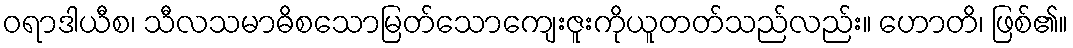
ဝရာဒါယီစ၊ သီလသမာဓိစသောမြတ်သောကျေးဇူးကိုယူတတ်သည်လည်း။ ဟောတိ၊ ဖြစ်၏။